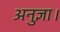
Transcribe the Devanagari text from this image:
अनुज्ञा।